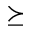
\succeq